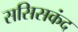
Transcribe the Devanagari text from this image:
ससिसकंद